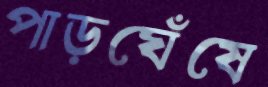
পাড়ঘেঁষে